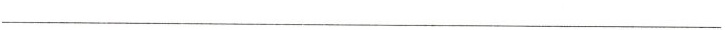
___